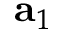
{ \bf a } _ { 1 }